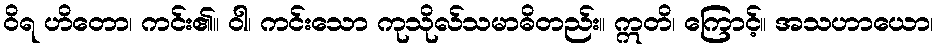
ဝိရ ဟိတော၊ ကင်း၏။ ဝါ၊ ကင်းသော ကုသိုလ်သမာဓိတည်း။ ဣတိ၊ ကြောင့်။ အသဟာယော၊